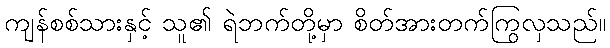
ကျန်စစ်သားနှင့် သူ၏ ရဲဘက်တို့မှာ စိတ်အားတက်ကြွလှသည်။